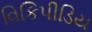
વિકિપીડિય